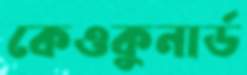
কেওকুনার্ড